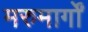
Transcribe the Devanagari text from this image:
मरुमार्गों